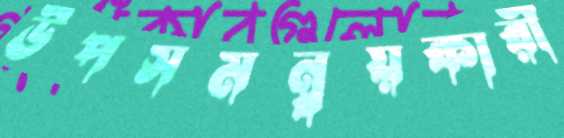
উপসমন্বয়কারী